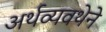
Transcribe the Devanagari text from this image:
अर्थव्यवथेने